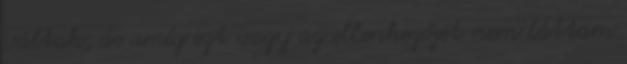
váltak, de amíg ezt vagy az ellenkezőjét nem láttam